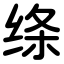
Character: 绦